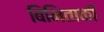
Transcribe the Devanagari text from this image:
बिभिताकी